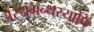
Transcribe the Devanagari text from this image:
अस्यंग्रन्थस्यापि